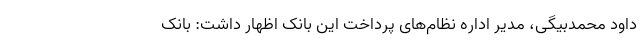
داود محمدبیگی، مدیر اداره نظام‌های پرداخت این بانک اظهار داشت: بانک